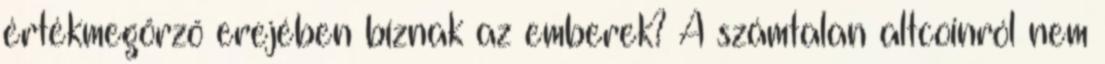
értékmegőrző erejében bíznak az emberek? A számtalan altcoinról nem